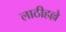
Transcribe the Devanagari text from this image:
लाठीहल्ले